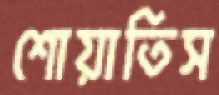
শোয়াতিস